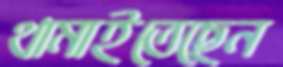
থামাইতেছেন